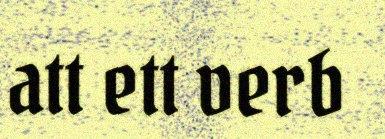
att ett verb